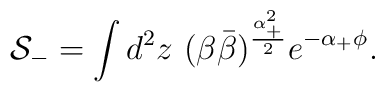
{\cal S}_- = \int d^2 z ~ (\beta\bar\beta)^{\frac{\alpha_+^2}{2}}e^{-\alpha_+\phi}.